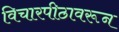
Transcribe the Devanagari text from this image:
विचारपीठावरून